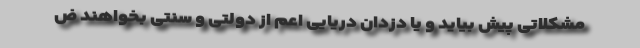
مشکلاتی پیش بیاید و یا دزدان دریایی اعم از دولتی و سنتی بخواهند ض